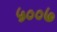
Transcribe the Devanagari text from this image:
५००७